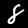
Digit: 8